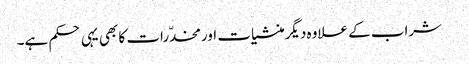
شراب کے علاوہ دیگرمنشیات اورمخدّرات کا بھی یہی حکم ہے۔